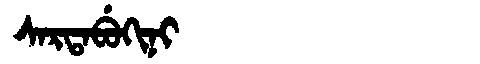
Manchu: ᠰᠠᡵᡨᠠᠪᡠᡴᡳᠨᡳ
Romanization: SARTABUKINI